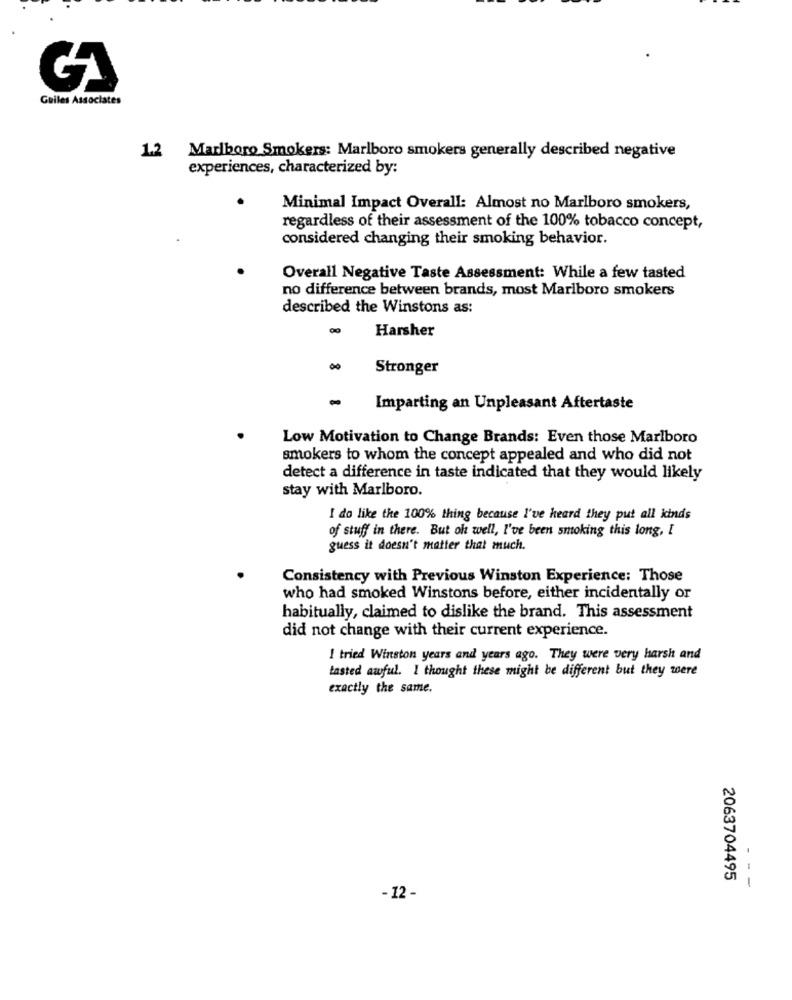
Guiles Associates
1.2 Marlboro Smokers: Marlboro smokers generally described negative
experiences, characterized by:
Minimal Impact Overall: Almost no Marlboro smokers,
regardless of their assessment of the 100% tobacco concept,
considered changing their smoking behavior.
Overall Negative Taste Assessment: While a few tasted
no difference between brands, most Marlboro smokers
described the Winstons as:
00
Harsher
Stronger
Imparting an Unpleasant Aftertaste
Low Motivation to Change Brands: Even those Marlboro
smokers to whom the concept appealed and who did not
detect a difference in taste indicated that they would likely
stay with Marlboro.
I do like the 100% thing because I've heard they put all kinds
of stuff in there. But oh well, I've been smoking this long, I
guess it doesn't matter that much.
Consistency with Previous Winston Experience: Those
who had smoked Winstons before, either incidentally or
habitually, claimed to dislike the brand. This assessment
did not change with their current experience.
I tried Winston years and years ago. They were very harsh and
tasted awful. I thought these might be different but they were
exactly the same.
2063704495
- --
- 12 -